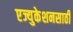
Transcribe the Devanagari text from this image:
एज्युकेशनसाठी